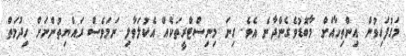
މަގުފަހިވުން އިންތިހާއަށް މާބޮޑުވެގެންދާނެ އެވެ. ގިނަ މިނިސްޓްރީތަކެއް އެކުލަވާލި ނަމަވެސް ރައްޔިތުންނަށް ހިދުމަތް